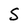
Character: S